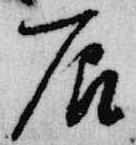
辰